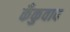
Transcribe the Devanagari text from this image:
कँकुवाद